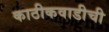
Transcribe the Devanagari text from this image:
काठीकवाडीची